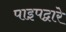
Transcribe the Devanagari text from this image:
पाइपद्वारे